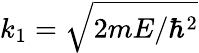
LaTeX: k_{1}={\sqrt{2mE/\hbar^{2}}}